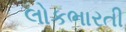
લોકભારતી